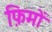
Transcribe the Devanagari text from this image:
फ़िमों